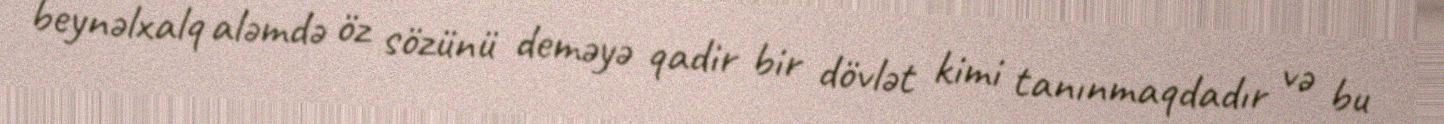
beynəlxalq aləmdə öz sözünü deməyə qadir bir dövlət kimi tanınmaqdadır və bu